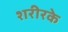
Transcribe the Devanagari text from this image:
शरीरके